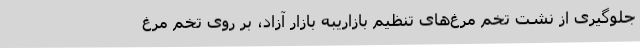
جلوگیری از نشت تخم مرغ‌های تنظیم بازاریبه بازار آزاد، بر روی تخم مرغ